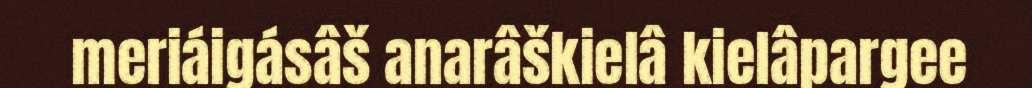
meriáigásâš anarâškielâ kielâpargee